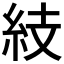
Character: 𥿔